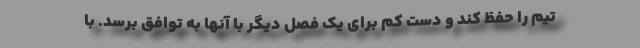
تیم را حفظ کند و دست کم برای یک فصل دیگر با آنها به توافق برسد. با